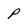
Character: p